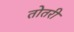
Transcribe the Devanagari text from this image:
तोतरी